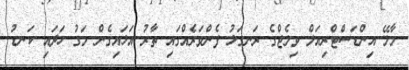
މާލޭ އިންޑަސްޓްރިއަލް ވިލެޖްގެ ރަނގަޅު ފެންވަރެއްގައި ތާރު އަޅައިގެން މަގު ހަދައި ކަނޑު